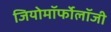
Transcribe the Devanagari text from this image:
जियोमॉर्फोलॉजी